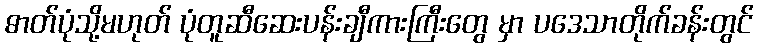
ဓာတ်ပုံသို့မဟုတ် ပုံတူဆီဆေးပန်းချီကားကြီးတွေ မှာ ပဒေသာတိုက်ခန်းတွင်